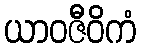
ယာဝဇီဝိကံ